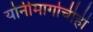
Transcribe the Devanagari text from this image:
योनीमार्गाचीही